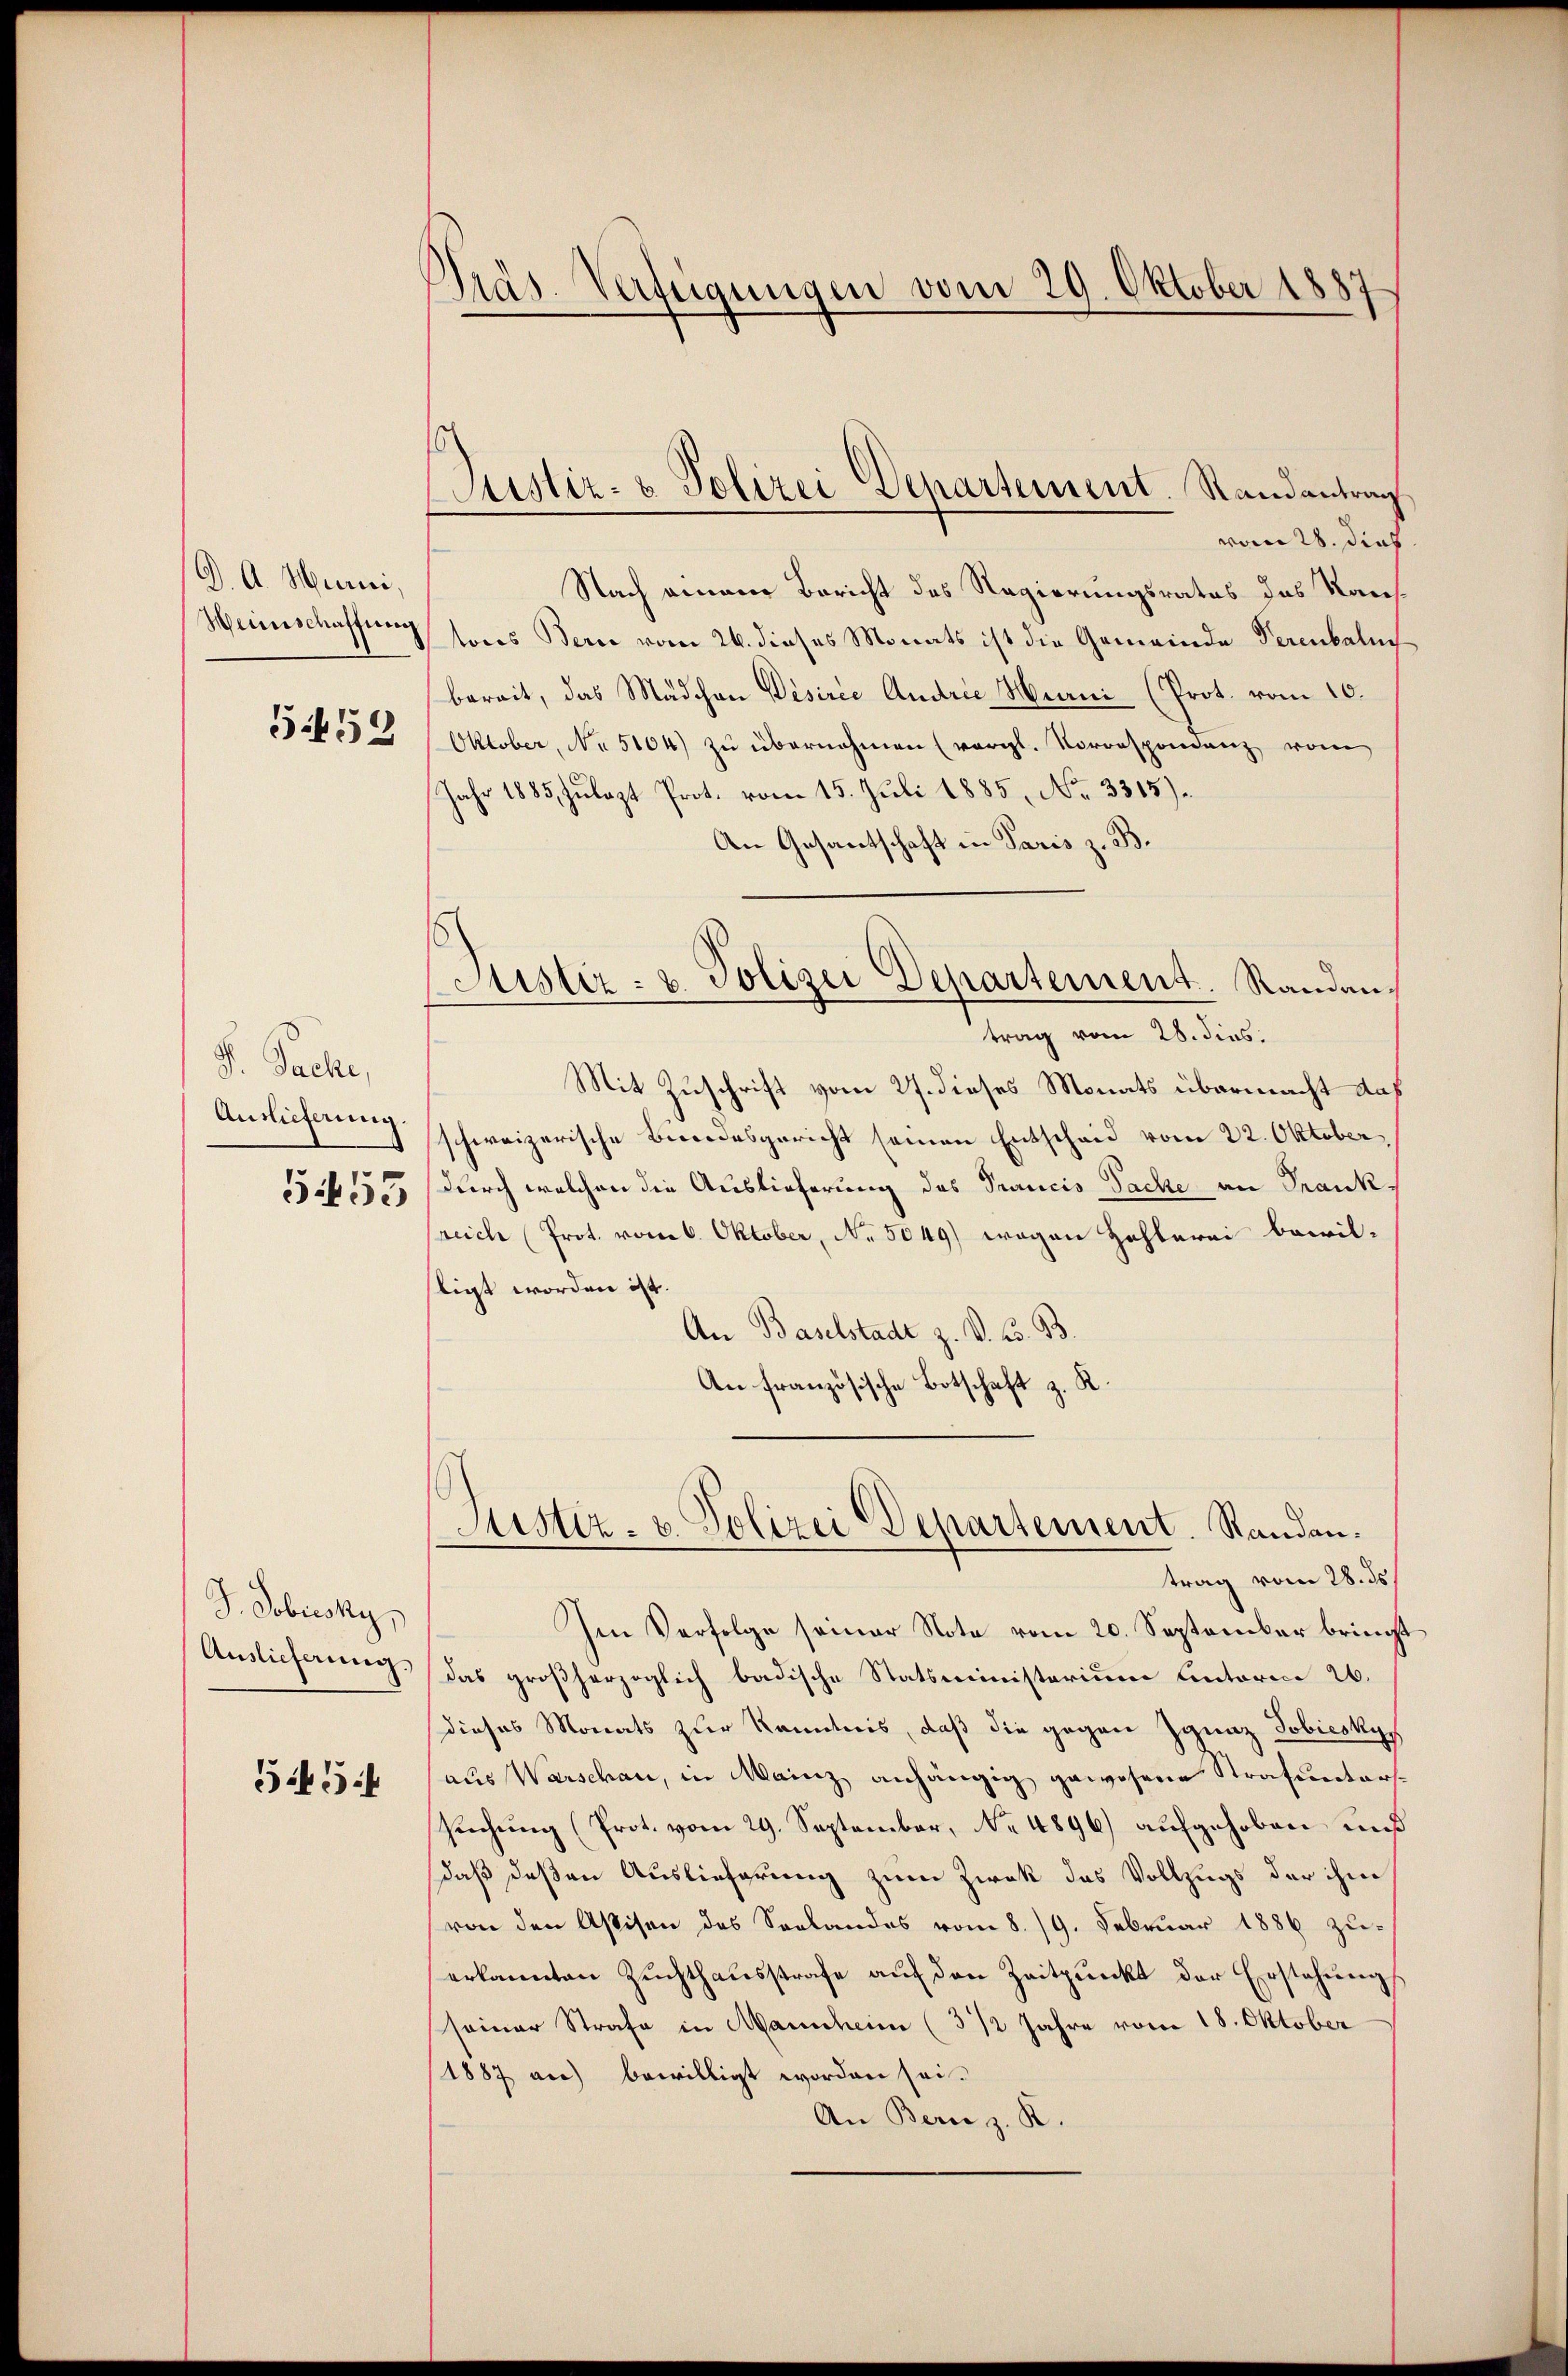
G. A. Munici,
5.452

S. Pache,
Auslieferung.
553

S. Sobrcsky,
Auslieferung

5454

Präs. Verfügungen vom 29. Oktober 1887

vom 28. dies
Nach einem Bericht des Regierungsrates des Raus¬
Heischaffung sons Bern vom 26. dieses Monats ist die Gemeinde Verenbalus
bereit, das Mädchen Desirie Andrie Murni (Prot. vom 10.
Oktober, No 5104) zŭ übernehmen (vergl. Vorrespondenz vom
Jahr 1885, Zulagt Prot. vom 15. Juli 1885, No 3315).
An Gesantschaft in Paris z. B.
Justiz- u. Polizei Departement. Randantrag vom 28. dies
Mit Zuschrift vom 27. dieses Monats übermacht daß
schweizerische Bundesgericht seinen Entscheid vom 22. Oktober
durch welchen die Auslieferung des Trancis Sache an Franksreich Prot. vom 6. Oktober, No. 5049) wegen Hohlerei bewil-
tigt worden ist.
An Baselstadt z. V. B. B.
An französische Botschaft z. K.

Justiz- & Polizei Departement. Randantrag

trag vom 28. ds.
Im Verfolge seiner Note vom 20. September bringt
das großherzoglich badische Statsministerium Antorie 26.
dieses Monats zur Kenntnis, daß die gegen Ignaz Tobieskys
aus Warschau, in Mainz anhängig gewesene Strafunters¬
Riechung (Prot. vom 29. September, No 4896) aufgehoben und
daß deßen Auslieferung zum Zwek das Vollzugs der ihm
von den Astisen des Seelandes vom 8./9. Februar 1886 zuerkannten Zŭchthaŭsstrafe aŭf den Zeitpunkt der Erstehung
seiner Strafe in Mannheim (3/2 Jahre vom 18. Oktober
1887 an) bewilligt worden sei.
An Bern z. R.

Justiz- u. Polizei Departement. Randan¬